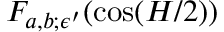
F _ { a , b ; \epsilon ^ { \prime } } ( \cos ( H / 2 ) )